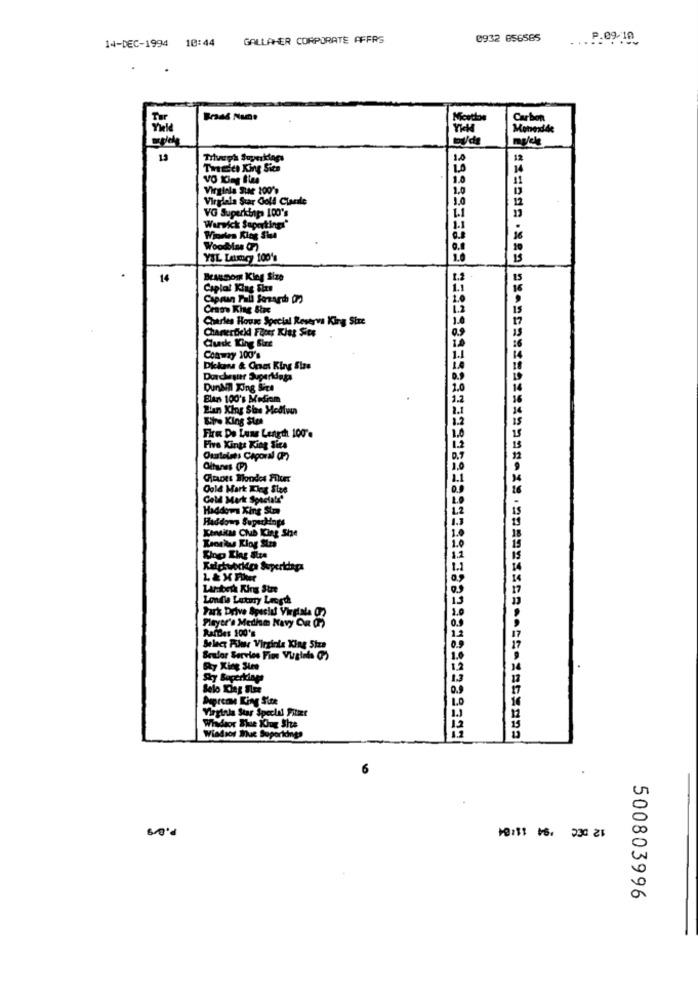
14-DEC-1994 10:44
GALLAHER CORPORATE AFFRS
0932 856585
.. P.09.1
Tar
Brand Name
Micette
Carbon
Monexdc
13
Triveph Superkings
10
12
THESEA King Site
Virginia Star 100'9
Virglela Star Cold Clarale
VG Superkings 100's
Warwick Supertings"
Worten King Sha
Woodbine ()
YIL Latmncy 100's
14
BrauSom King Size
Caplal King Sirs
Caprun Fall Search (7)
Craow King Size
Charles House Special Reserva King Size
Chanterfield Floer Kies Site
Ganske King Size
Conway 100's
Dkkans & Cnas King Size
Dorchester Superidaga
DunAl King Sitt
Blans 100's Mediom
Eltre King Sta
Fire De Luns Length 100'e
Five Xinta King Site
Ouustelaés Caporal (P)
Olhanes (P)
Gants Mondes Filter
Gold Mark King Size
Cold Mark Speciale'
Haddows King Str
Haddows Supechinps
KenKMS CHE King She
Kaoris King Stra
LAmberh King Stre
Londie Luxury Lagd
Park Drive Spesid Virpiala 02
Player's Medim Navy Cu CF)
RafDes 100's
Select Fiber Virginia King Size
Soulor Servies Fine Virginls ()
Sky King Size
Sky Beperking
Solo Kies Slee
Virginla Star Special Fitiet
Whadior Blue Kiug She
Wiedios Mue Soperionta
10:31 16: 230 21
500803996